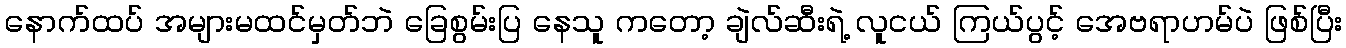
နောက်ထပ် အများမထင်မှတ်ဘဲ ခြေစွမ်းပြ နေသူ ကတော့ ချဲလ်ဆီးရဲ့ လူငယ် ကြယ်ပွင့် အေဗရာဟမ်ပဲ ဖြစ်ပြီး